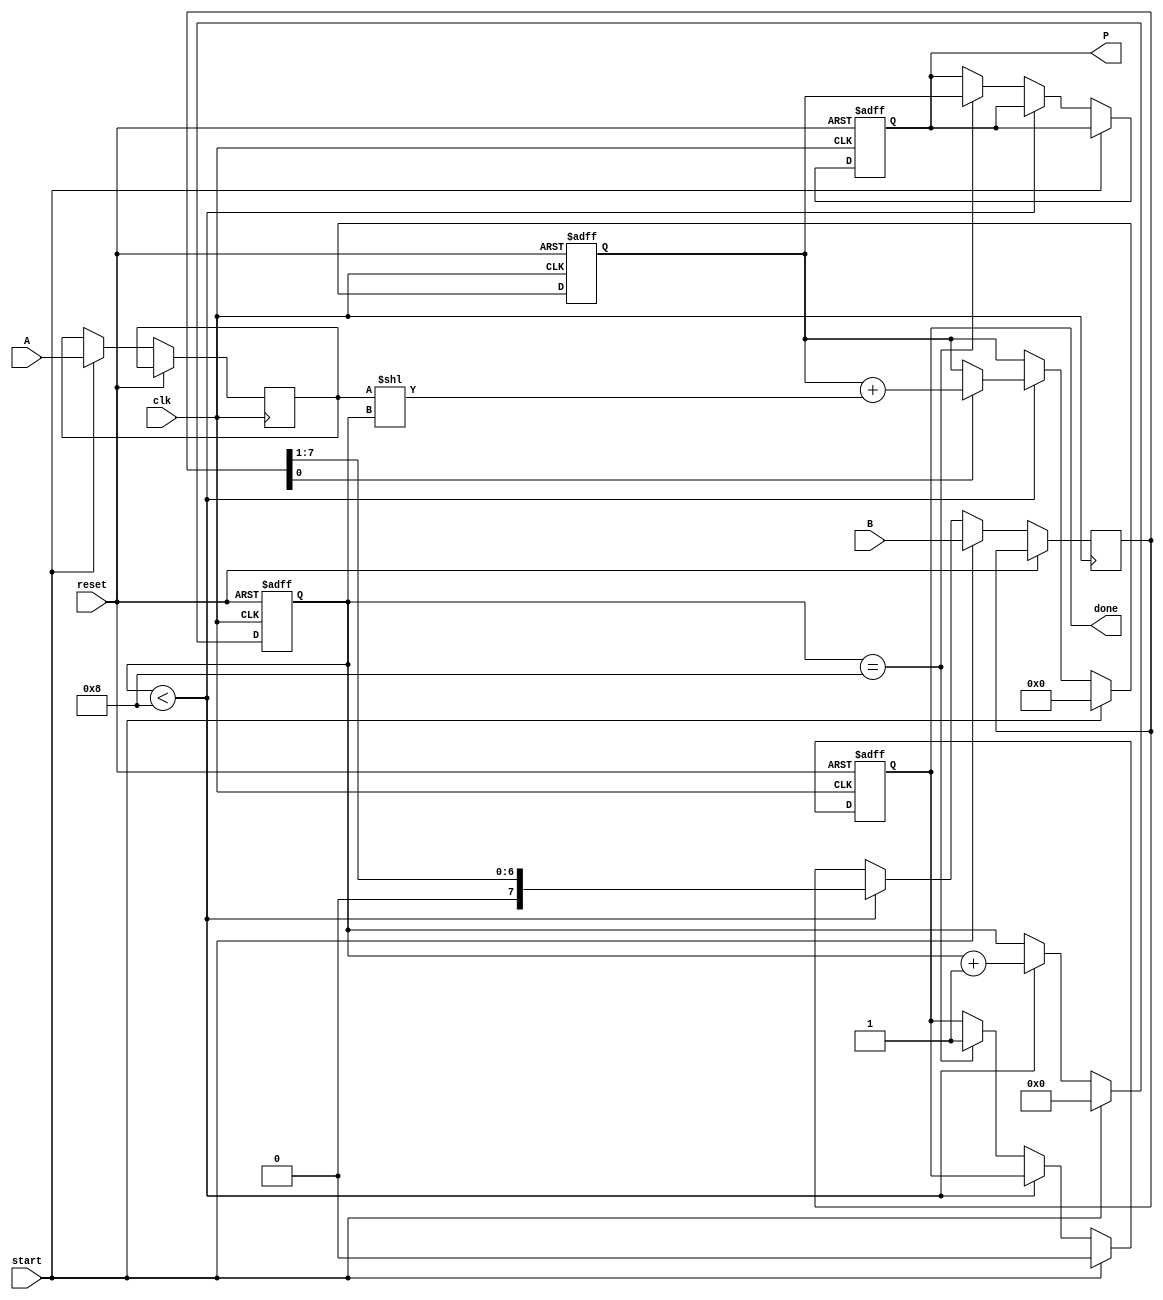
module radix2_multiplier #(
    parameter N = 8 // Bit-width of A and B
) (
    input  wire [N-1:0] A,   // Multiplicand
    input  wire [N-1:0] B,   // Multiplier
    input  wire           start, // Control signal to start multiplication
    input  wire           clk,   // Clock signal
    input  wire           reset, // Reset signal
    output reg [2*N-1:0] P,     // Product output
    output reg           done     // Indicates multiplication is complete
);

    reg [N-1:0] A_reg;
    reg [N-1:0] B_reg;
    reg [2*N-1:0] partial_sum;
    reg [N-1:0] current_B;
    reg [4:0] count; // To keep track of the bit position

    always @(posedge clk or posedge reset) begin
        if (reset) begin
            P <= 0;
            partial_sum <= 0;
            done <= 0;
            count <= 0;
        end else if (start) begin
            // Load inputs
            A_reg <= A;
            B_reg <= B;
            current_B <= B;
            partial_sum <= 0;
            count <= 0;
            done <= 0;
        end else if (count < N) begin
            // Generate partial product and add to the sum
            if (current_B[0]) begin
                partial_sum <= partial_sum + (A_reg << count);
            end
            
            // Shift B to the right for the next bit
            current_B <= current_B >> 1;
            count <= count + 1;
        end else if (count == N) begin
            // Store the final product
            P <= partial_sum;
            done <= 1; // Indicate multiplication is complete
        end
    end
endmodule